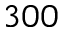
3 0 0